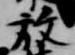
放